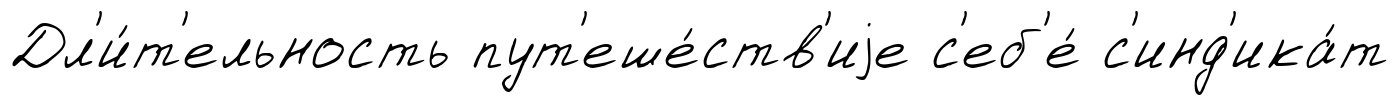
Дл'и́т'ельность пут'еше́ств'иjе с'еб'е́ с'инд'ика́т